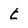
Character: t